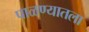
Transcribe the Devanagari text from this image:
पाळण्यातला